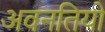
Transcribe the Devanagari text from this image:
अवनतियों